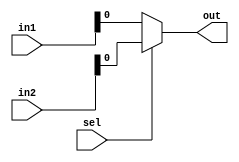

module mux2x1_4bit(
    input [3:0] in1,
    input [3:0] in2,
    input sel,
    output out
    );
    assign out = sel ? in2 : in1;
endmodule